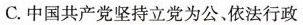
C.中国共产党坚持立党为公、依法行政